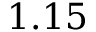
1 . 1 5